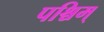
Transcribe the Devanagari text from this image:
पश्चिम्